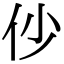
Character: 仯